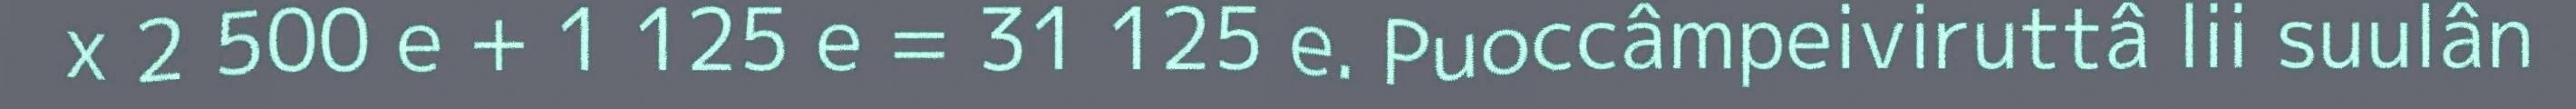
x 2 500 e + 1 125 e = 31 125 e. Puoccâmpeiviruttâ lii suulân